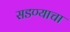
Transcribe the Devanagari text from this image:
सडण्याचा